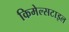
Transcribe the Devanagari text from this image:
किमेल्सटाइल